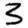
Digit: 3